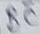
Text: BC